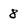
Character: 8